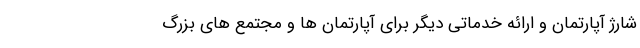
شارژ آپارتمان و ارائه خدماتی دیگر برای آپارتمان ها و مجتمع های بزرگ